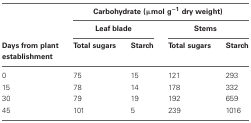
<table><thead><tr><td></td><td colspan="4"><b>Carbohydrate (μmol g<sup>−1</sup> dry weight)</b></td></tr><tr><td></td><td colspan="2"><b>Leaf blade</b></td><td colspan="2"><b>Stems</b></td></tr><tr><td><b>Days from plant establishment</b></td><td><b>Total sugars</b></td><td><b>Starch</b></td><td><b>Total sugars</b></td><td><b>Starch</b></td></tr></thead><tbody><tr><td>0</td><td>75</td><td>15</td><td>121</td><td>293</td></tr><tr><td>15</td><td>78</td><td>14</td><td>178</td><td>332</td></tr><tr><td>30</td><td>79</td><td>19</td><td>192</td><td>659</td></tr><tr><td>45</td><td>101</td><td>5</td><td>239</td><td>1016</td></tr></tbody></table>